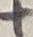
Text: +